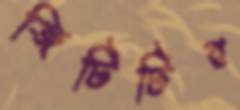
জিটিটির